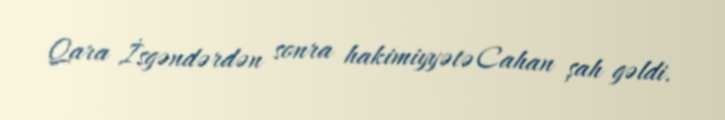
Qara İsgəndərdən sonra hakimiyyətə Cahan şah gəldi.